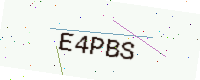
Text: E4PBS